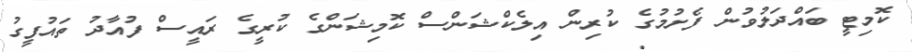
ކޮމިޓީ ބައްދަލުވުން ފެށުމުގެ ކުރިން އިލެކްޝަންސް ކޮމިޝަންގެ ކުރީގެ ރައީސް ފުއާދު ތައުފީގު